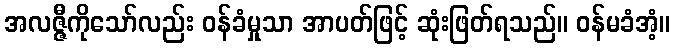
အလဇ္ဇီကိုသော်လည်း ဝန်ခံမှုသာ အာပတ်ဖြင့် ဆုံးဖြတ်ရသည်။ ဝန်မခံအံ့။